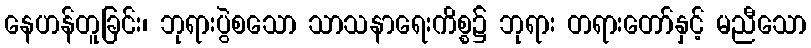
နေဟန်တူခြင်း၊ ဘုရားပွဲစသော သာသနာရေးကိစ္စ၌ ဘုရား တရားတော်နှင့် မညီသော